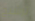
ترشيح